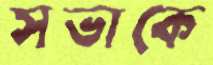
সভাকে